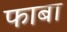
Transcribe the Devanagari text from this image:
फाबा